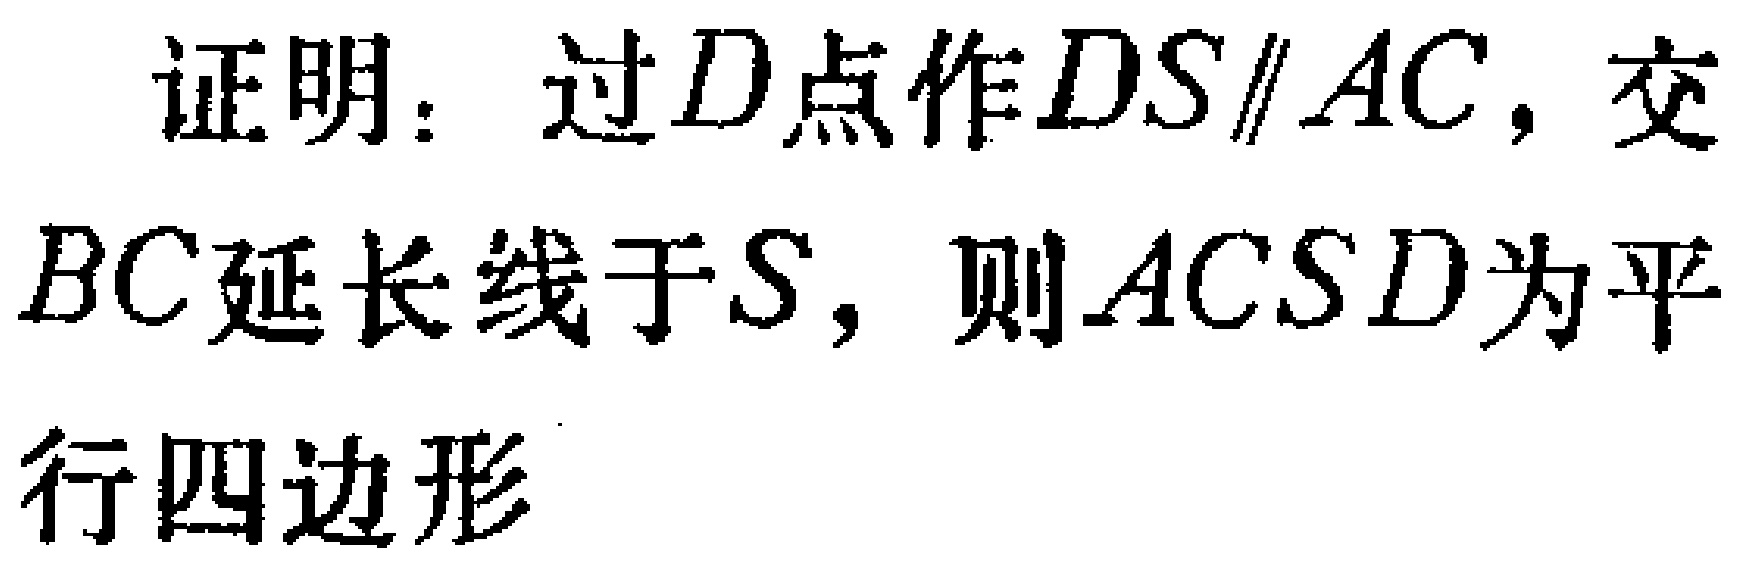
证明：过\(D\)点作\(DS\parallel AC\)，交\(BC\)延长线于\(S\)，则\(ACSD\)为平行四边形